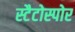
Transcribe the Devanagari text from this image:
स्टैटोस्पोर